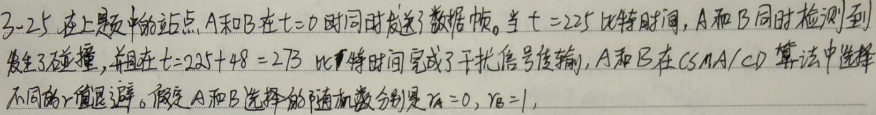
3 - 25. 在上题中的站点A和B在\(t = 0\)时同时发送了数据帧。当\(t = 225\)比特时间，A和B同时检测到发生了碰撞，并在\(t=225 + 48=273\)比特时间完成了干扰信号传输，A和B在CSMA/CD算法中选择不同的\(r\)值退避。假定A和B选择的随机数分别是\(r_A = 0\)，\(r_B = 1\)，